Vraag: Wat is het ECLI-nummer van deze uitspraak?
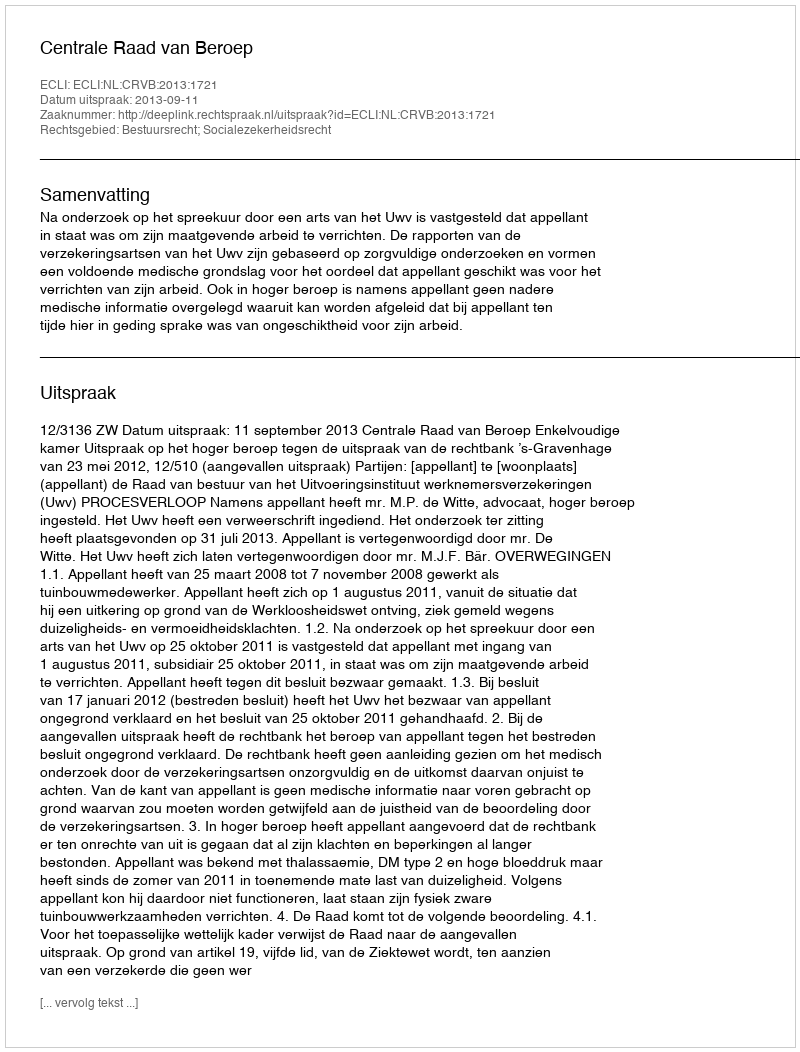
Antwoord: ECLI:NL:CRVB:2013:1721